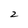
Character: 2